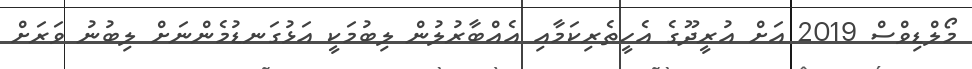
މޯލްޑިވްސް 2019 އަށް އުރީދޫގެ އެހީތެރިކަމާއި އެއްބާރުލުން ލިބުމަކީ އަޅުގަނޑުމެންނަށް ލިބުނު ވަރަށް